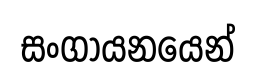
සංගායනයෙන්